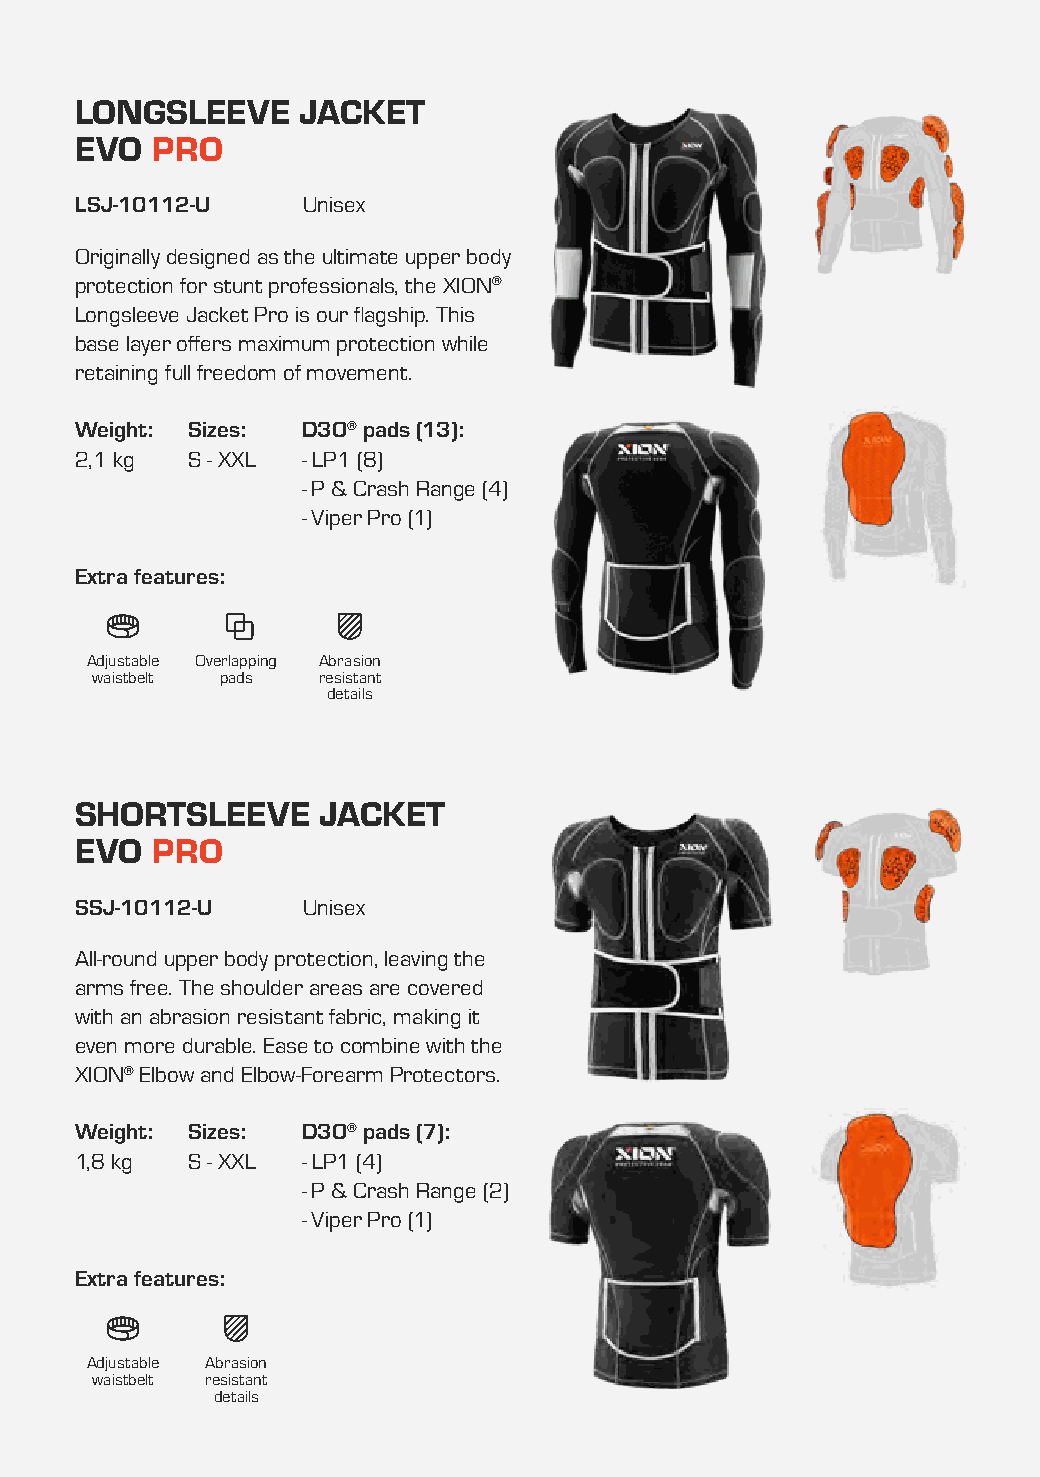
LONGSLEEVE     JACKET
 EVO  PRO
 LSJ-10112-U    Unisex
 Originally designed as the ultimate upper body
 protection for stunt professionals, the XION®
 Longsleeve Jacket Pro is our flagship. This
 base layer offers maximum protection while
 retaining full freedom of movement.
 Weight: Sizes: D3O® pads (13):
 2,1 kg S - XXL - LP1 (8)
 - P & Crash Range (4)
 - Viper Pro (1)
 Extra features:
 Adjustable Overlapping Abrasion
 waistbelt pads resistant
 details
 SHORTSLEEVE     JACKET
 EVO  PRO
 SSJ-10112-U    Unisex
 All-round upper body protection, leaving the
 arms free. The shoulder areas are covered
 with an abrasion resistant fabric, making it
 even more durable. Ease to combine with the
 XION® Elbow and Elbow-Forearm Protectors.
 Weight: Sizes: D3O® pads (7):
 1,8 kg S - XXL - LP1 (4)
 - P & Crash Range (2)
 - Viper Pro (1)
 Extra features:
 Adjustable Abrasion
 waistbelt resistant
 details